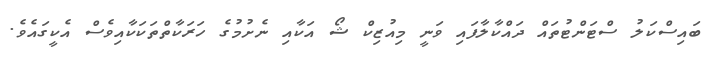
ބައިސްކަލު ސްޓަންޓުތައް ދައްކާލާފައި ވަނީ މިއުޒިކް ޝޯ އަކާއި ނެށުމުގެ ހަރަކާތްތަކަކާއިވެސް އެކީގައެވެ.